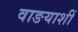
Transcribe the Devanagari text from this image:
वाङयाशीं